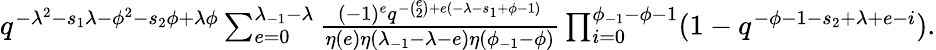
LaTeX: \begin{array}{r}{q^{-{\lambda^{2}}-s_{1}\lambda-\phi^{2}-s_{2}\phi+\lambda\phi}\sum_{e=0}^{\lambda_{-1}-\lambda}\frac{(-1)^{e}q^{-\binom{e}{2}+e(-\lambda-s_{1}+\phi-1)}}{\eta(e)\eta(\lambda_{-1}-\lambda-e)\eta(\phi_{-1}-\phi)}\prod_{i=0}^{\phi_{-1}-\phi-1}(1-q^{-\phi-1-s_{2}+\lambda+e-i}).}\end{array}